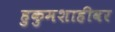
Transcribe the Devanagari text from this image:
हुकुमशाहीवर